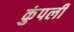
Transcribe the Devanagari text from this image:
कुंपली